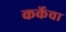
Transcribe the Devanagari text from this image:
कर्केचा